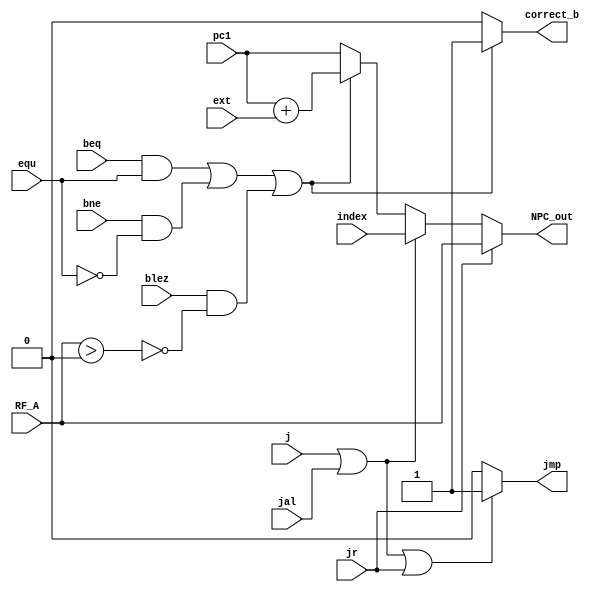
module NPC(j,jal,jr,beq,bne,blez,equ,RF_A,pc1,ext,index,correct_b,NPC_out,jmp);
    input [31:0]RF_A,pc1,ext,index;
    input j,jal,jr,beq,bne,blez,equ;
    output reg jmp,correct_b;
    output reg [31:0] NPC_out;
    reg [31:0] NPC_b,NPC_j;

    initial begin
        jmp=0;
        correct_b=0;
        NPC_out=0;
        NPC_b=0;
        NPC_j=0;
    end

    always @(*) begin
        if (j||jal||jr) begin
            jmp<=1;
        end
        else begin
            jmp<=0;
        end

        if ((beq&&equ)||(bne&&(!equ))||(blez&&(!(RF_A>0)))) begin
            correct_b<=1;
            NPC_b <= pc1+ext;
        end
        else begin
            correct_b<=0;
            NPC_b <= pc1;
        end

        if (j||jal) begin
            NPC_j<=index;
        end
        else begin
            NPC_j<=NPC_b;
        end

        if (jr) begin
            NPC_out<=RF_A;
        end
        else begin
            NPC_out<=NPC_j;
        end

    end
endmodule